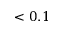
< 0 . 1